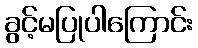
ခွင့်မပြုပါကြောင်း